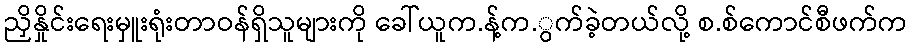
ညှိနှိုင်းရေးမှူးရုံးတာဝန်ရှိသူများကို ခေါ်ယူက.န့်က.ွက်ခဲ့တယ်လို့ စ.စ်ကောင်စီဖက်က